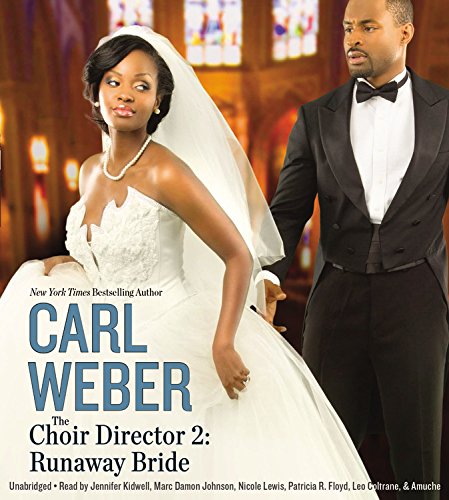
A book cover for The Choir Director 2: Runaway Bride; Carl Weber; Literature & Fiction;